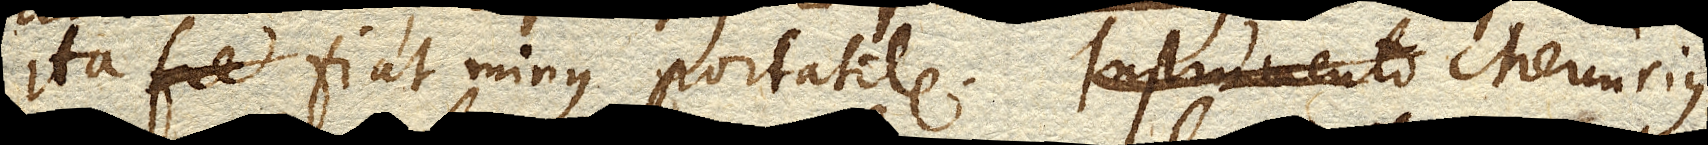
ita fiat minus portabile. Mercurius